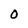
Character: O